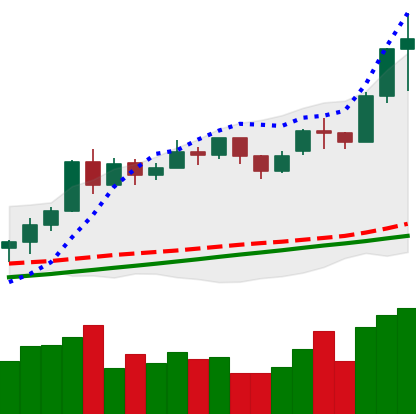
Ticker: ETH-USD
Chart end date: 2020-11-22
Forward return: -7.271%
Label: down_7plus